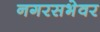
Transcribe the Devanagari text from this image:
नगरसभेवर